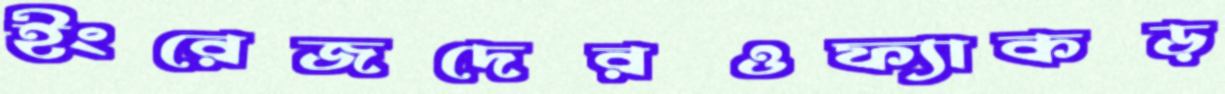
ইংরেজদেরওফ্যাকড়